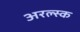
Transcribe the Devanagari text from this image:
अरल्स्क